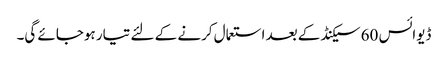
ڈیوائس 60 سیکنڈ کے بعد استعمال کرنے کے لئے تیار ہوجائے گی۔